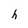
Character: h